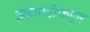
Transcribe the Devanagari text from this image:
झेंडेवाडीकडून